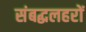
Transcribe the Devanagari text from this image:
संबद्धलहरों